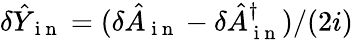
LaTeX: \delta\hat{Y}_{\mathrm{~i~n~}}=(\delta\hat{A}_{\mathrm{~i~n~}}-\delta\hat{A}_{\mathrm{~i~n~}}^{\dagger})/(2i)